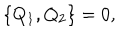
\{ Q _ { 1 } , Q _ { 2 } \} = 0 ,